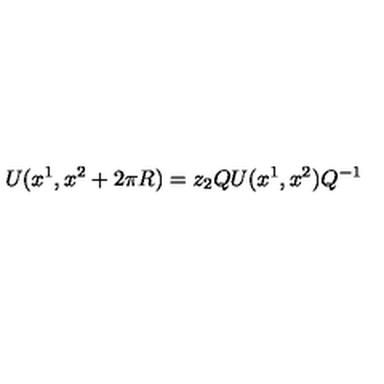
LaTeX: U ( x ^ { 1 } , x ^ { 2 } + 2 \pi R ) = z _ { 2 } Q U ( x ^ { 1 } , x ^ { 2 } ) Q ^ { - 1 }